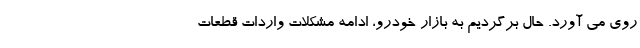
روی می آورد. حال برگردیم به بازار خودرو، ادامه مشکلات واردات قطعات